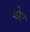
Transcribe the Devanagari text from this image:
थोरट